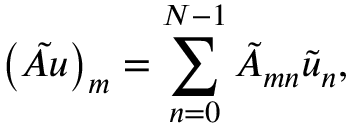
\big ( \tilde { A u } \big ) _ { m } = \sum _ { n = 0 } ^ { N - 1 } \tilde { A } _ { m n } \tilde { u } _ { n } ,